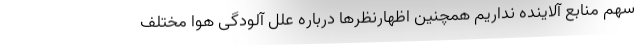
سهم منابع آلاینده نداریم همچنین اظهارنظرها درباره علل آلودگی هوا مختلف